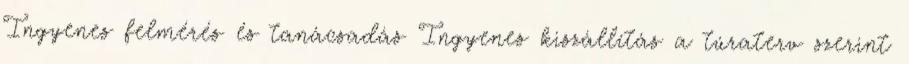
Ingyenes felmérés és tanácsadás Ingyenes kiszállítás a túraterv szerint